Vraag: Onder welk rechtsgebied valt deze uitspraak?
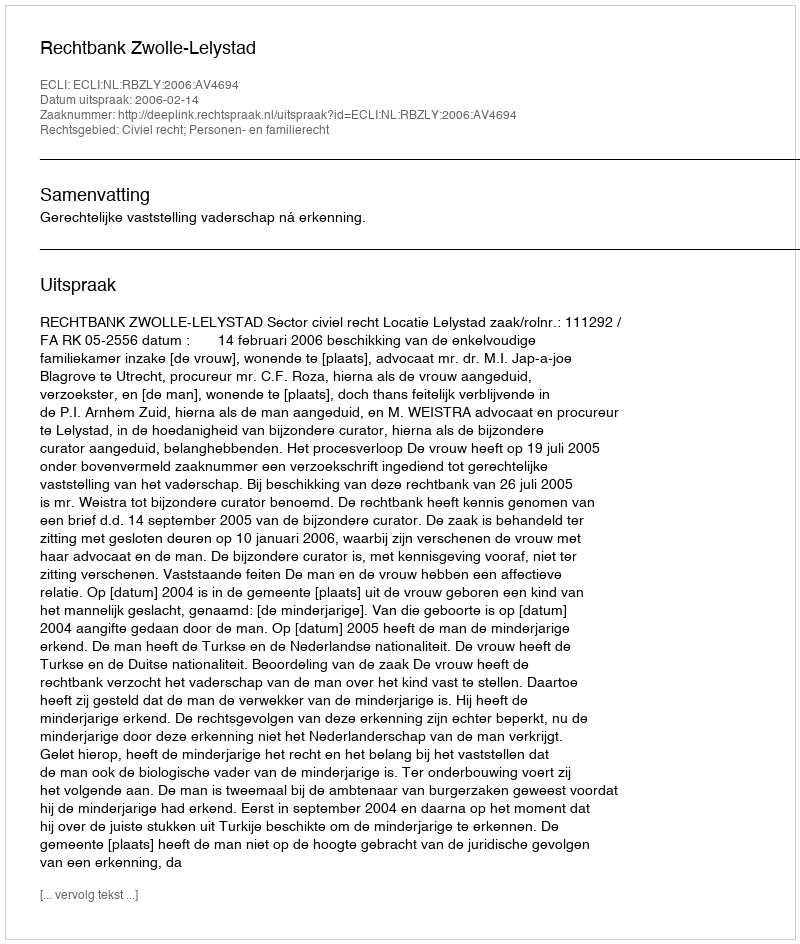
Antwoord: Civiel recht; Personen- en familierecht